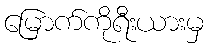
မြောက်ကိုရီးယားမှ